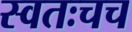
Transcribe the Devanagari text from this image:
स्वतःचच